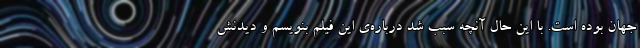
جهان بوده است. با این حال آنچه سبب شد درباره‌ی این فیلم بنویسم و دیدنش